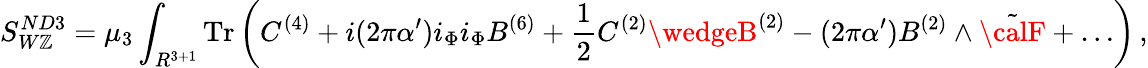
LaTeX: S_{W\mathbb{Z}}^{ND3}=\mu_{3}\int_{R^{3+1}}\mathrm{{Tr}}\left(C^{(4)}+i(2\pi\alpha^{\prime})i_{\Phi}i_{\Phi}B^{(6)}+\frac{1}{2}C^{(2)}\wedgeB^{(2)}-(2\pi\alpha^{\prime})B^{(2)}\wedge{\tilde{{\calF}}}+\dots\right)\, ,